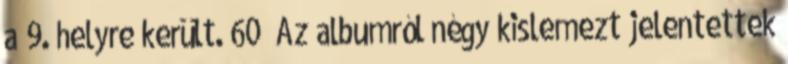
a 9. helyre került. 60 Az albumról négy kislemezt jelentettek